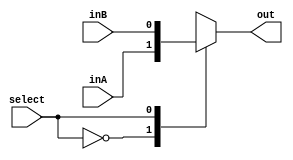
`timescale 1ns / 1ps

////////////////////////////////////////////////////////////////////////////////
// ECE369 - Computer Architecture
// 
// Module - Mux1Bit2To1.v
// Description - Performs signal multiplexing between 2 1-Bit signals.
////////////////////////////////////////////////////////////////////////////////

module Mux_1Bit_2To1(out, inA, inB, select);

    
    input inA;
    input inB;
    input select;

    output reg out;
    
    
    always @(*)begin 
    
        case (select)
        
            1'b0:
            begin
                out <= inA;
            end

            1'b1:
            begin
                out <= inB;
            end


        endcase



    end

endmodule